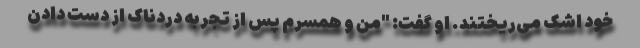
خود اشک می‌ریختند. او گفت: "من و همسرم پس از تجربه دردناک از دست دادن